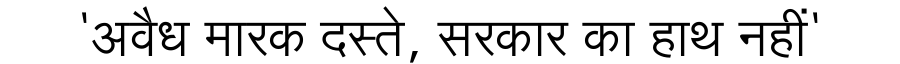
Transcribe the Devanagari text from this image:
'अवैध मारक दस्ते, सरकार का हाथ नहीं'